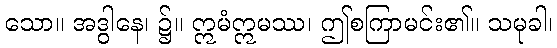
သော။ အဒွါနေ၊ ၌။ ဣမံဣမဿ၊ ဤစကြာမင်း၏။ သမုခါ၊